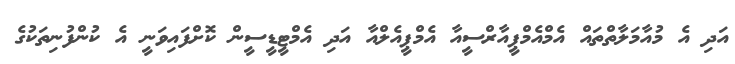
އަދި އެ މުއާމަލާތްތައް އެމްއެމްޕީއާރްސީއާ އެމްޕީއެލްއާ އަދި އެމްޓީޑީސީން ކޮށްފައިވަނީ އެ ކުންފުނިތަކުގެ